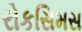
રોકસિમસ